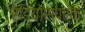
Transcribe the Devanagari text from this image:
रेडियोसंपर्क